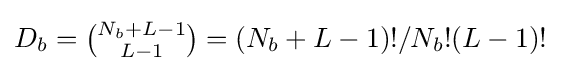
D_{b}={\tbinom {N_{b}+L-1}{L-1}}=(N_{b}+L-1)!/N_{b}!(L-1)!